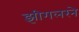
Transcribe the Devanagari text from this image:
झीगलरने